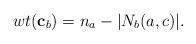
LaTeX: \begin{align*} wt(\mathbf{c}_{b})=n_{a}-|N_{b}(a,c)|. \end{align*}